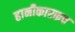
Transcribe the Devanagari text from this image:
हानीकारकच